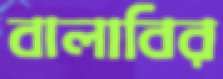
বালাবির